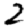
Digit: 2